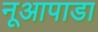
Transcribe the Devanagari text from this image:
नूआपाडा